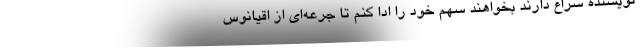
نویسنده سراغ دارند بخواهند سهم خود را ادا کنم تا جرعه‌ای از اقیانوس